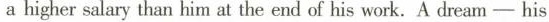
a higher salary than him at the end of his work.A dram -his